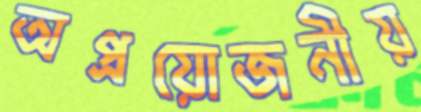
অপ্রয়োজনীয়